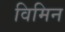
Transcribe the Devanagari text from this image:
विमिन